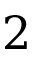
2